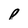
Character: p